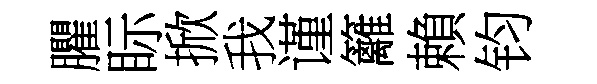
臞眎掀我谨籬賴钧